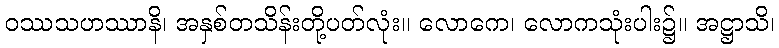
ဝဿသဟဿာနိ၊ အနှစ်တသိန်းတို့ပတ်လုံး။ လောကေ၊ လောကသုံးပါး၌။ အဋ္ဌာသိ၊